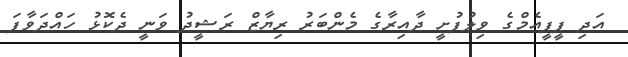
އަދި ޕީޕީއެމްގެ ވިލުފުށީ ދާއިރާގެ މެންބަރު ރިޔާޒް ރަޝީދު ވަނީ ދެކޮޅު ހައްދަވާފަ